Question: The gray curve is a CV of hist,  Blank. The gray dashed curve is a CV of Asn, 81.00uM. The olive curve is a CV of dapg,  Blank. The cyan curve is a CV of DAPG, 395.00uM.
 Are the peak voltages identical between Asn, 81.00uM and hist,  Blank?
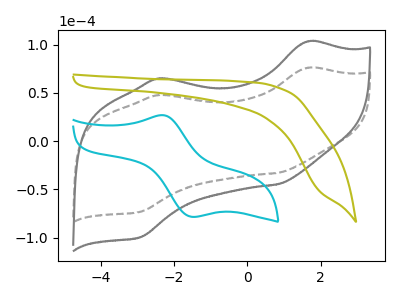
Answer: <think>The gray curve "hist,  Blank" has anodic peaks at (1.65V, 103.35uA) (-2.40V, 64.90uA) and cathodic peaks at (0.85V, -44.55uA) (-2.95V, -99.50uA). The gray dashed curve "Asn, 81.00uM" has anodic peaks at (1.65V, 76.00uA) (-2.40V, 47.75uA) and cathodic peaks at (0.85V, -32.75uA) (-2.95V, -73.15uA). The olive curve "dapg,  Blank" has no peaks. The cyan curve "DAPG, 395.00uM" has an anodic peak at (-2.35V, 27.00uA) and a cathodic peak at (-1.50V, -78.45uA).</think>
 <answer>Yes, "Asn, 81.00uM" have a peak in "hist,  Blank" at the same potential.</answer>
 <eval>match</eval>